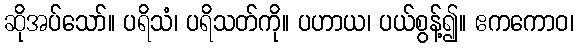
ဆိုအပ်သော်။ ပရိသံ၊ ပရိသတ်ကို။ ပဟာယ၊ ပယ်စွန့်၍။ ဧကကောဝ၊